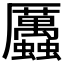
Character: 𧖄